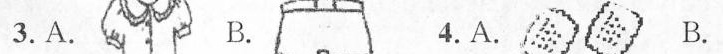
3. A. B. 4. A. B.